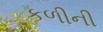
કળીની